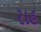
રાહ